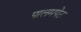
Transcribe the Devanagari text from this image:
पालमपेठ